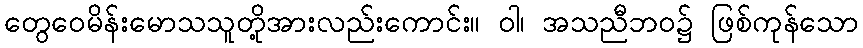
တွေဝေမိန်းမောသသူတို့အားလည်းကောင်း။ ဝါ၊ အသညီဘဝ၌ ဖြစ်ကုန်သော